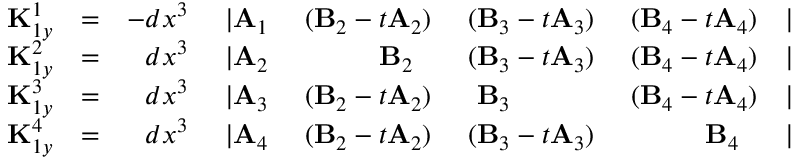
\begin{array} { r l r l r l r l } { { \bf K } _ { 1 y } ^ { 1 } } & { = } & { - d x ^ { 3 } ~ } & { \vert { \bf A } _ { 1 } } & { ~ ( { \bf B } _ { 2 } - t { \bf A } _ { 2 } ) } & { ~ ( { \bf B } _ { 3 } - t { \bf A } _ { 3 } ) } & { ~ ( { \bf B } _ { 4 } - t { \bf A } _ { 4 } ) } & { \vert } \\ { { \bf K } _ { 1 y } ^ { 2 } } & { = } & { d x ^ { 3 } ~ } & { \vert { \bf A } _ { 2 } } & { ~ ~ { \bf B } _ { 2 } ~ ~ } & { ~ ( { \bf B } _ { 3 } - t { \bf A } _ { 3 } ) } & { ~ ( { \bf B } _ { 4 } - t { \bf A } _ { 4 } ) } & { \vert } \\ { { \bf K } _ { 1 y } ^ { 3 } } & { = } & { d x ^ { 3 } ~ } & { \vert { \bf A } _ { 3 } } & { ~ ( { \bf B } _ { 2 } - t { \bf A } _ { 2 } ) } & { ~ ~ { \bf B } _ { 3 } ~ ~ } & { ~ ( { \bf B } _ { 4 } - t { \bf A } _ { 4 } ) } & { \vert } \\ { { \bf K } _ { 1 y } ^ { 4 } } & { = } & { d x ^ { 3 } ~ } & { \vert { \bf A } _ { 4 } } & { ~ ( { \bf B } _ { 2 } - t { \bf A } _ { 2 } ) } & { ~ ( { \bf B } _ { 3 } - t { \bf A } _ { 3 } ) } & { ~ ~ { \bf B } _ { 4 } ~ ~ } & { \vert } \end{array}